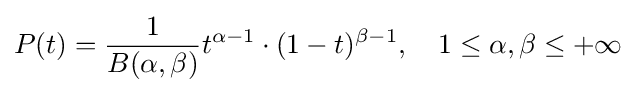
P(t)={\frac {1}{B(\alpha ,\beta )}}t^{\alpha -1}\cdot (1-t)^{\beta -1},\quad 1\leq \alpha ,\beta \leq +\infty